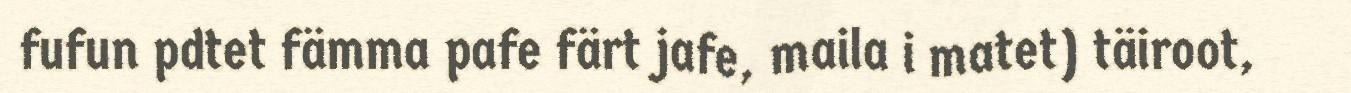
fufun pdtet fämma pafe färt jafe, maila i matet) täiroot,